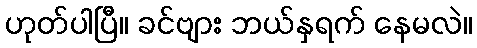
ဟုတ်ပါပြီ။ ခင်ဗျား ဘယ်နှရက် နေမလဲ။